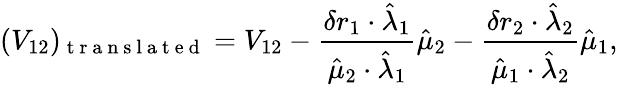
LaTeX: (V_{12})_{\mathrm{~t~r~a~n~s~l~a~t~e~d~}}=V_{12}-\frac{\delta r_{1}\cdot\hat{\lambda}_{1}}{\hat{\mu}_{2}\cdot\hat{\lambda}_{1}}\hat{\mu}_{2}-\frac{\delta r_{2}\cdot\hat{\lambda}_{2}}{\hat{\mu}_{1}\cdot\hat{\lambda}_{2}}\hat{\mu}_{1},